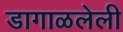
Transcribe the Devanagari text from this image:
डागाळलेली